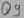
Text: Q9